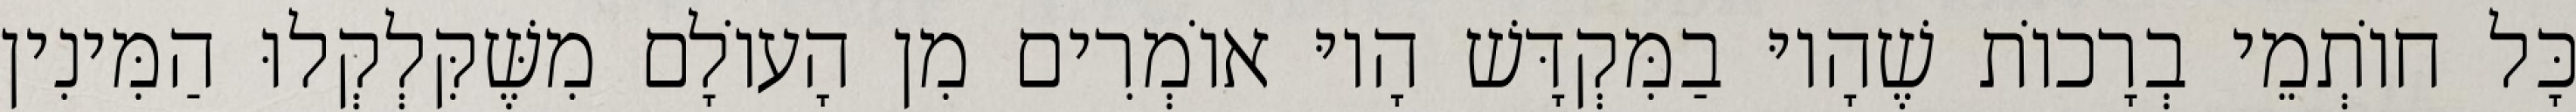
כָּל חוֹתְמֵי בְרָכוֹת שֶׁהָיוּ בַמִּקְדָּשׁ הָיוּ אוֹמְרִים מִן הָעוֹלָם מִשֶּׁקִּלְקְלוּ הַמִּינִין